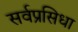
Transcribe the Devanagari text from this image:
सर्वप्रसिधा